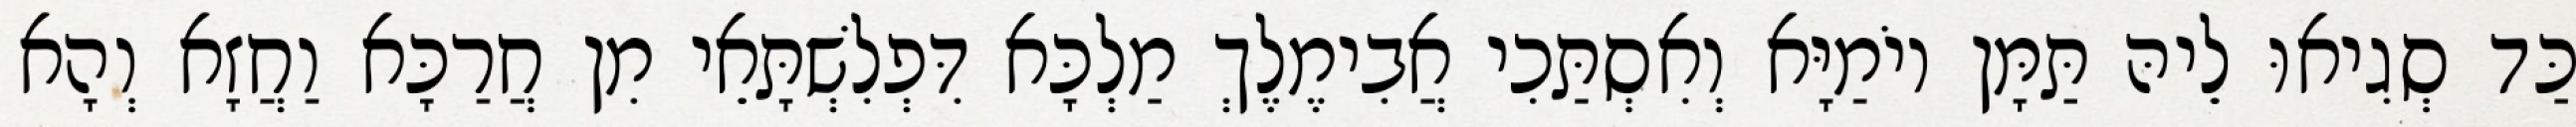
כַּד סְגִיאוּ לֵיהּ תַּמָּן יוֹמַיָּא וְאִסְתַּכִי אֲבִימֶלֶךְ מַלְכָּא דִּפְלִשְׁתָּאֵי מִן חֲרַכָּא וַחֲזָא וְהָא